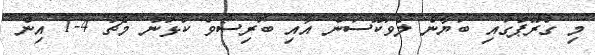
މި ގްރޫޕުގައި ބަޔާން ލެވަކޫސަން އާއި ބޮރިސޯވް ކުޅުނު މެޗު 4-1 އިން